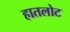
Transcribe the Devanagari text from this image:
हातलोट